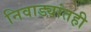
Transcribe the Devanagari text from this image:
निवाड्यांतही